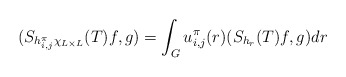
\begin{align*}(S_{h^{\pi}_{i,j}\chi_{L\times L}}(T)f,g) = \int_G u^{\pi}_{i,j}(r) (S_{h_r}(T)f,g) dr \end{align*}